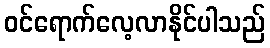
ဝင်ရောက်လေ့လာနိုင်ပါသည်